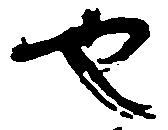
也